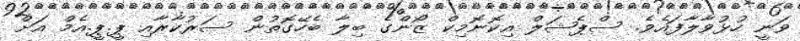
ވަނީ ހުޅުވާލާފައެވެ. ސްޕެޝަލް އިކޮނޮމިކް ޒޯންގެ ބިލާ ބެހޭގޮތުން ސަރުކާރާއި ޕީ.ޕީ.އެމް އަށް